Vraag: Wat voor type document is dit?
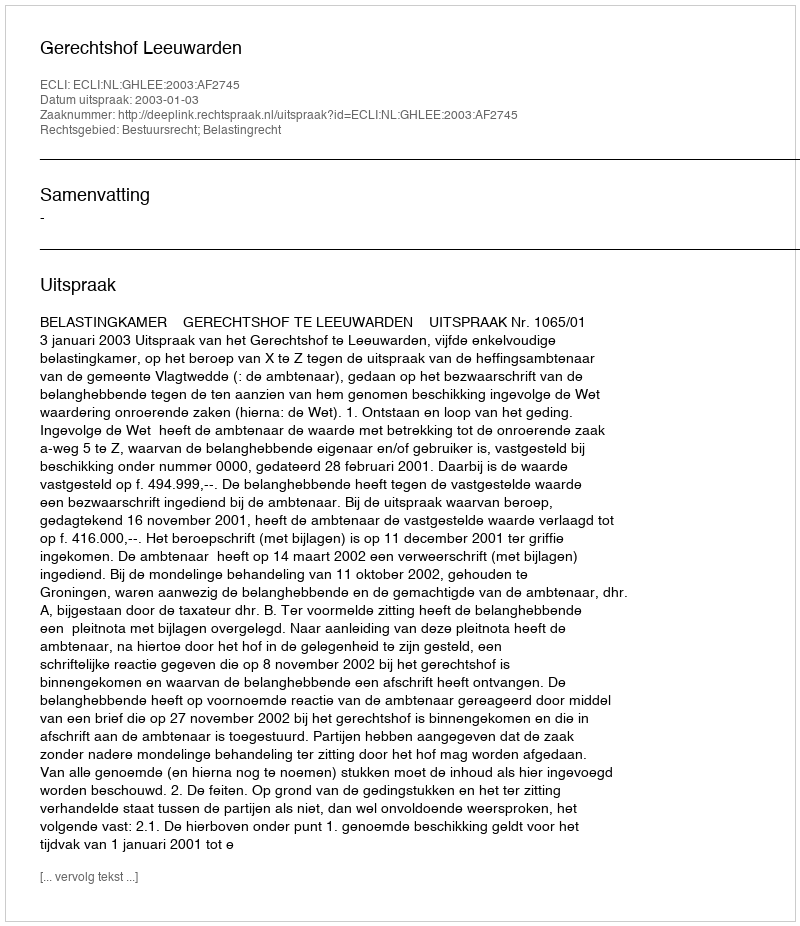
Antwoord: Uitspraak